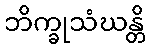
ဘိက္ခုသံဃန္တိ